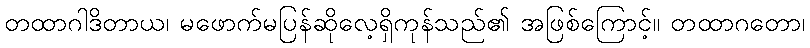
တထာဂါဒိတာယ၊ မဖောက်မပြန်ဆိုလေ့ရှိကုန်သည်၏ အဖြစ်ကြောင့်။ တထာဂတော၊